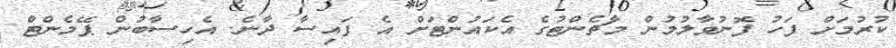
ކުރުމަށް ފަހު ފޮނުވާލުމުން މާޗެންޓުގެ އެކައުންޓަށް އެ ފައިސާ ދާނެ. އެހިސާބުން ޕޭމެންޓް